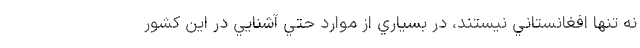
نه تنها افغانستاني نيستند، در بسياري از موارد حتي آشنايي در اين كشور